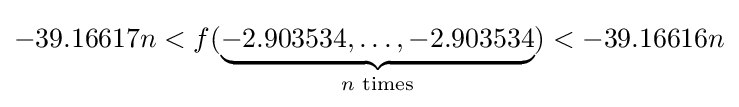
-39.16617n<f(\underbrace {-2.903534,\ldots ,-2.903534} _{n{\text{ times}}})<-39.16616n